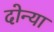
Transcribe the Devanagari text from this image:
दोन्या